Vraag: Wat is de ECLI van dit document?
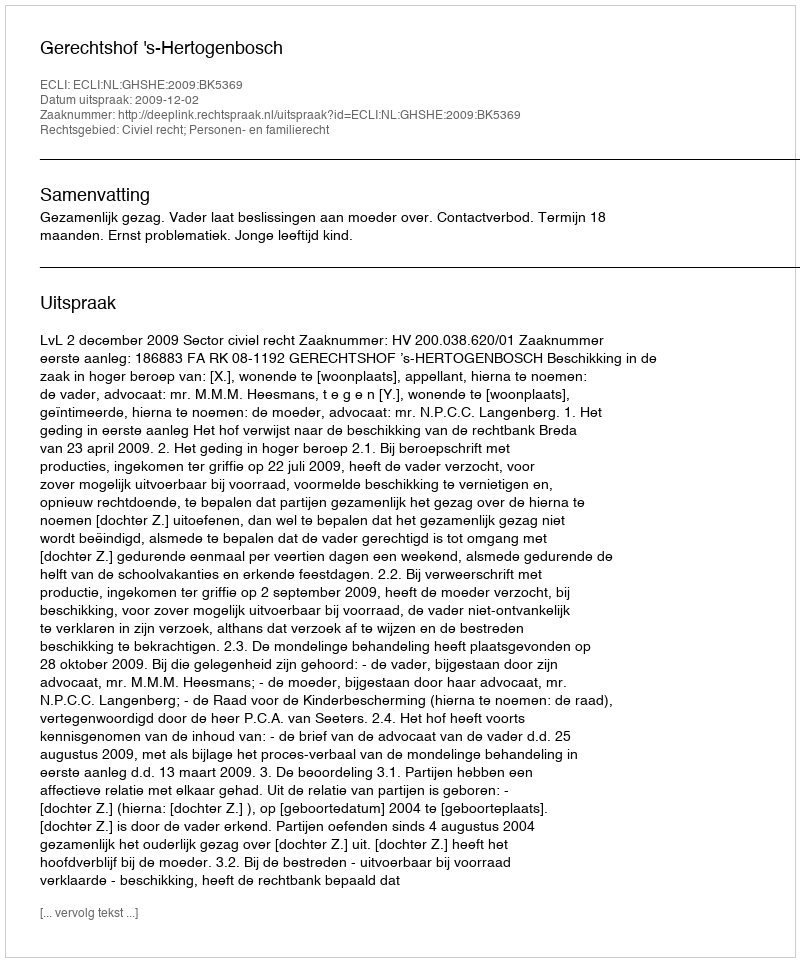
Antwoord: ECLI:NL:GHSHE:2009:BK5369